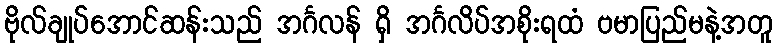
ဗိုလ်ချုပ်အောင်ဆန်းသည် အင်္ဂလန် ရှိ အင်္ဂလိပ်အစိုးရထံ ဗမာပြည်မနဲ့အတူ